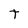
Character: T